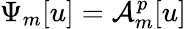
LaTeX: \Psi_{m}[u]=\mathcal{A}_{m}^{p}[u]